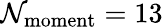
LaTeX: \mathcal{N}_{\mathrm{{{moment}}}}=13